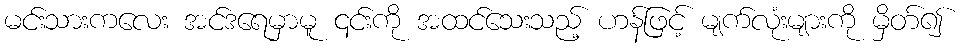
မင်းသားကလေး အင်ဒရေမှာမူ ၎င်းကို အထင်သေးသည့် ဟန်ဖြင့် မျက်လုံးများကို မှိတ်၍